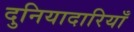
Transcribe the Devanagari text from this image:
दुनियादारियाँ